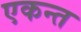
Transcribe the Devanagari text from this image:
एकन्त